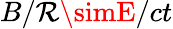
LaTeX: B/\mathcal{R}\simE/ct